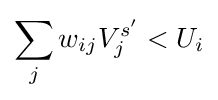
\sum _{j}w_{ij}V_{j}^{s'}<U_{i}